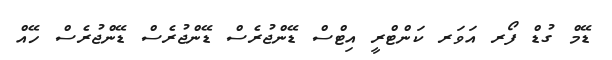
ޑޭމް ގުޑް ފޯރ އަވަރ ކަންޓްރީ އިޓްސް ޑޭންޖުރެސް ޑޭންޖުރެސް ޑޭންޖުރެސް ހޭއް